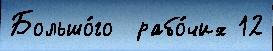
Большо́го  рабо́чих 12